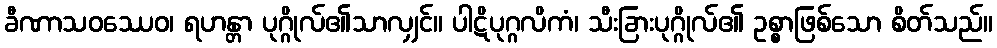
ခီဏာသဝဿေဝ၊ ရဟန္တာ ပုဂ္ဂိုလ်၏သာလျှင်။ ပါဋိပုဂ္ဂလိကံ၊ သီးခြားပုဂ္ဂိုလ်၏ ဥစ္စာဖြစ်သော စိတ်သည်။